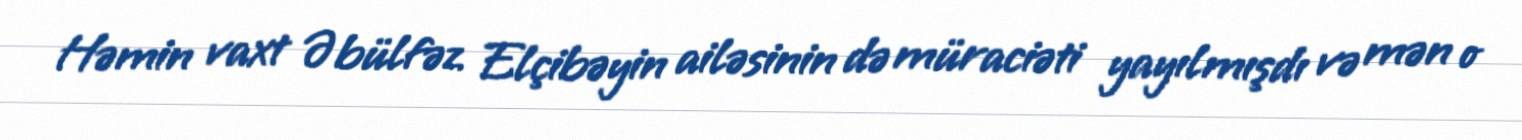
Həmin vaxt Əbülfəz Elçibəyin ailəsinin də müraciəti yayılmışdı və mən o